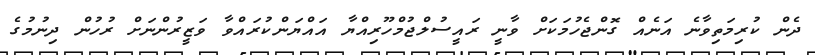
ދެން ކުރިމަތިވާނެ އަނެއް ގޮންޖެހުމަކަށް ވާނީ ރައީސުލްޖުމްހޫރިއްޔާ އައްޔަންކުރައްވާ ވަޒީރުންނަށް ރުހުން ދިނުމުގެ